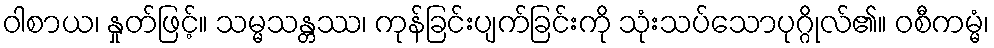
ဝါစာယ၊ နှုတ်ဖြင့်။ သမ္မသန္တဿ၊ ကုန်ခြင်းပျက်ခြင်းကို သုံးသပ်သောပုဂ္ဂိုလ်၏။ ဝစီကမ္မံ၊